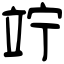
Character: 竚